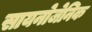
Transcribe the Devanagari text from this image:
सायनोजेनिक